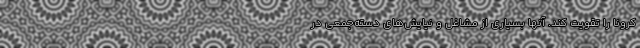
کرونا را تقویت کند. آنها بسیاری از مشاغل و نیایش‌های دسته‌جمعی در